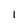
Character: I